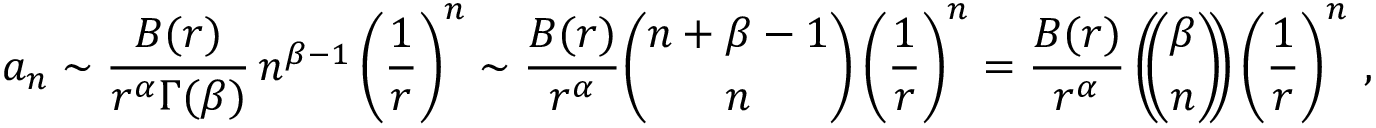
a _ { n } \sim { \frac { B ( r ) } { r ^ { \alpha } \Gamma ( \beta ) } } \, n ^ { \beta - 1 } \left( { \frac { 1 } { r } } \right) ^ { n } \sim { \frac { B ( r ) } { r ^ { \alpha } } } { \binom { n + \beta - 1 } { n } } \left( { \frac { 1 } { r } } \right) ^ { n } = { \frac { B ( r ) } { r ^ { \alpha } } } \left( \! \! { \binom { \beta } { n } } \! \! \right) \left( { \frac { 1 } { r } } \right) ^ { n } \, ,